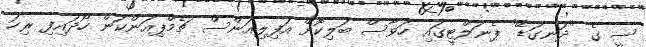
ސީ ގެ "ދަނގަޑޭ" ޕެނަލްޓީގައި ހަވާސް ބަލިކޮށް އަފިލިއަންސް ޗެމްޕިއަންކަން ހޯދައިފި ރިހަ